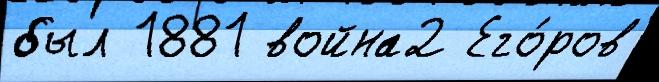
был 1881 война2 Его́ров